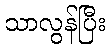
သာလွန်ပြီး